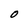
Character: O